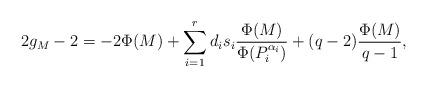
LaTeX: \begin{align*}2g_M - 2 = -2\Phi(M) + \sum_{i = 1}^r d_is_i\frac{\Phi(M)}{\Phi(P_i^{\alpha_i})} + (q-2)\frac{\Phi(M)}{q-1},\end{align*}